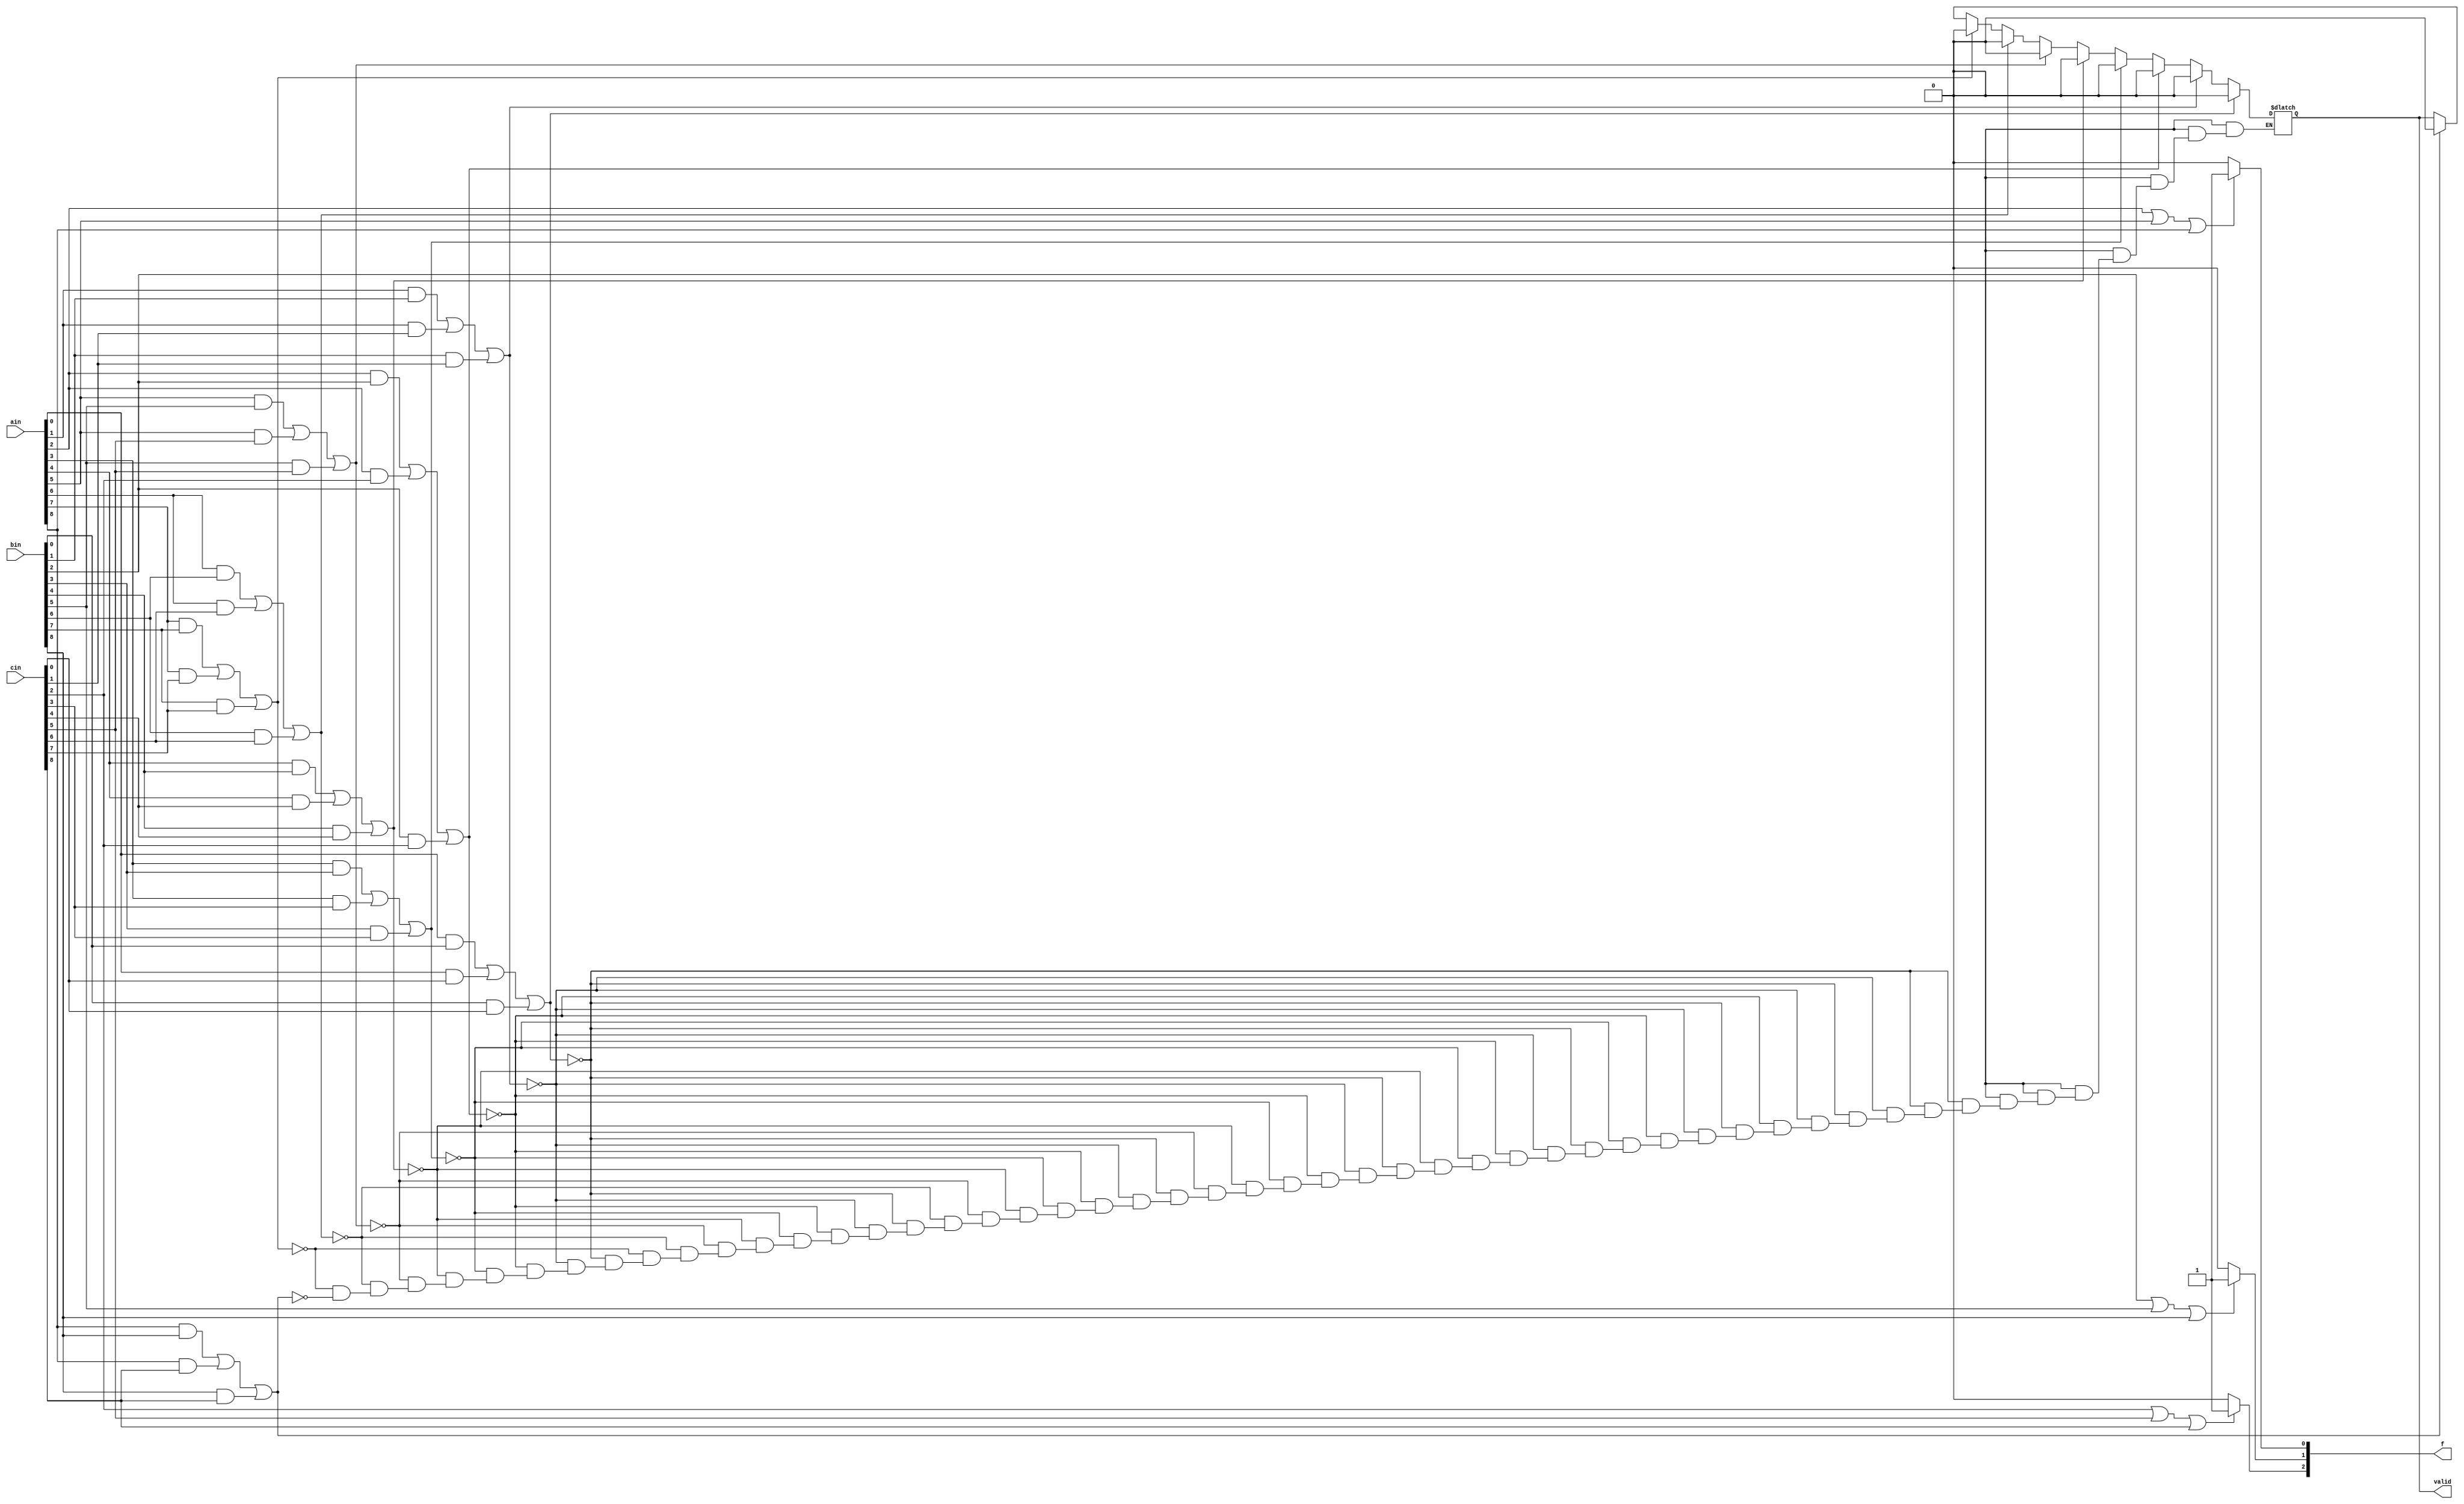
module detect_winner(ain, bin, cin, f, valid);
	input [8:0] ain, bin, cin;
	output [2:0] f;
	output valid;

	parameter n=8;

	reg testValid;
	reg [2:0] out;

	assign valid = testValid;
	assign f = out;

	always @* begin
		//to determine output of valid (0)		
 		if ((ain[0] == 1'b1 & bin[0] == 1'b1) | (ain[0] == 1'b1 & cin[0] == 1'b1) | (bin[0] == 1'b1 & cin[0] == 1'b1) == 1)
			testValid = 1'b0;
		else if ((ain[1] == 1'b1 & bin[1] == 1'b1) | (ain[1] == 1'b1 & cin[1] == 1'b1) | (bin[1] == 1'b1 & cin[1] == 1'b1) == 1)
			testValid = 1'b0;
		else if ((ain[2] == 1'b1 & bin[2] == 1'b1) | (ain[2] == 1'b1 & cin[2] == 1'b1) | (bin[2] == 1'b1 & cin[2] == 1'b1) == 1)
			testValid = 1'b0;
		else if ((ain[3] == 1'b1 & bin[3] == 1'b1) | (ain[3] == 1'b1 & cin[3] == 1'b1) | (bin[3] == 1'b1 & cin[3] == 1'b1) == 1)
			testValid = 1'b0;
		else if ((ain[4] == 1'b1 & bin[4] == 1'b1) | (ain[4] == 1'b1 & cin[4] == 1'b1) | (bin[4] == 1'b1 & cin[4] == 1'b1) == 1)
			testValid = 1'b0;
		else if ((ain[5] == 1'b1 & bin[5] == 1'b1) | (ain[5] == 1'b1 & cin[5] == 1'b1) | (bin[5] == 1'b1 & cin[5] == 1'b1) == 1)
			testValid = 1'b0;
		else if ((ain[6] == 1'b1 & bin[6] == 1'b1) | (ain[6] == 1'b1 & cin[6] == 1'b1) | (bin[6] == 1'b1 & cin[6] == 1'b1) == 1)
			testValid = 1'b0;
		else if ((ain[7] == 1'b1 & bin[7] == 1'b1) | (ain[7] == 1'b1 & cin[7] == 1'b1) | (bin[7] == 1'b1 & cin[7] == 1'b1) == 1)
			testValid = 1'b0;
		else if ((ain[8] == 1'b1 & bin[8] == 1'b1) | (ain[8] == 1'b1 & cin[8] == 1'b1) | (bin[8] == 1'b1 & cin[8] == 1'b1) == 1)
			testValid = 1'b0;
		
		if (testValid == 1'bx) begin
			case ({ain[1],bin[1],cin[1],ain[0],bin[0],cin[0]})
 				6'b100_000: testValid = 1'b0;
 				6'b010_000: testValid = 1'b0;
 				6'b001_000: testValid = 1'b0;
 				default: testValid = 1'b1;
 			endcase
 		end
 		if (testValid == 1'bx) begin	
 			case ({ain[4],bin[4],cin[4],ain[3],bin[3],cin[3]})
 				6'b100_000: testValid = 1'b0;
 				6'b010_000: testValid = 1'b0;
 				6'b001_000: testValid = 1'b0;
 				default: testValid = 1'b1;
 			endcase
 		end
 		if (testValid == 1'bx) begin
 			case ({ain[7],bin[7],cin[7],ain[6],bin[6],cin[6]})
 				6'b100_000: testValid = 1'b0;
 				6'b010_000: testValid = 1'b0;
 				6'b001_000: testValid = 1'b0;
 				default: testValid = 1'b1;
 			endcase
 		end
 		if (testValid == 1'bx) begin	
 			case ({ain[2],bin[2],cin[2],ain[1],bin[1],cin[1]})
 				6'b100_000: testValid = 1'b0;
 				6'b010_000: testValid = 1'b0;
 				6'b001_000: testValid = 1'b0;
 				default: testValid = 1'b1;
 			endcase
 		end
 		if (testValid == 1'bx) begin	
 			case ({ain[5],bin[5],cin[5],ain[4],bin[4],cin[4]})
 				6'b100_000: testValid = 1'b0;
 				6'b010_000: testValid = 1'b0;
 				6'b001_000: testValid = 1'b0;
 				default: testValid = 1'b1;
 			endcase
 		end
 		if (testValid == 1'bx) begin
 			case ({ain[8],bin[8],cin[8],ain[7],bin[7],cin[7]})
 				6'b100_000: testValid = 1'b0;
 				6'b010_000: testValid = 1'b0;
 				6'b001_000: testValid = 1'b0;
 				default: testValid = 1'b1;
 			endcase	
 		end
		
		if (testValid == 1'bx)
			testValid = 1'b1;
				 

		//for determining output of f
		if ((ain[2] | ain[5] | ain[8]) == 1'b1)
			out[0] = 1'b1;
		else
			out[0] = 1'b0;

		if ((bin[2] | bin[5] | bin[8]) == 1'b1)
			out[1] = 1'b1;
		else
			out[1] = 1'b0;

		if ((cin[2] | cin[5] | cin[8]) == 1'b1)
			out[2] = 1'b1;
		else
			out[2] = 1'b0;

	end
endmodule


module testDec;
	reg [8:0] a;
	reg [8:0] b;
	reg [8:0] c;
	wire [2:0] fout;
	wire val;

	detect_winner dut(a, b, c, fout, val);

	initial begin
		a = 0; b = 0; c = 0; #5;
		$display("%b when we expect 0s", fout);
		$display("%b when we expect 1", val);

		a[2] = 1'b1; #5;
		$display("%b when we expect 001", fout);
		$display("%b when we expect 0", val);

		b[1] = 1'b1; c[0] = 1'b1; #5;
		$display("%b when we expect 1", val);

		b[2] = 1'b1; #5;
		$display("%b when we expect 0", val);

		c[7] = 1'b1; b[2] = 1'b0; #5;
		$display("%b when we expect 0", val);
		$display("%b", c);

	end

endmodule